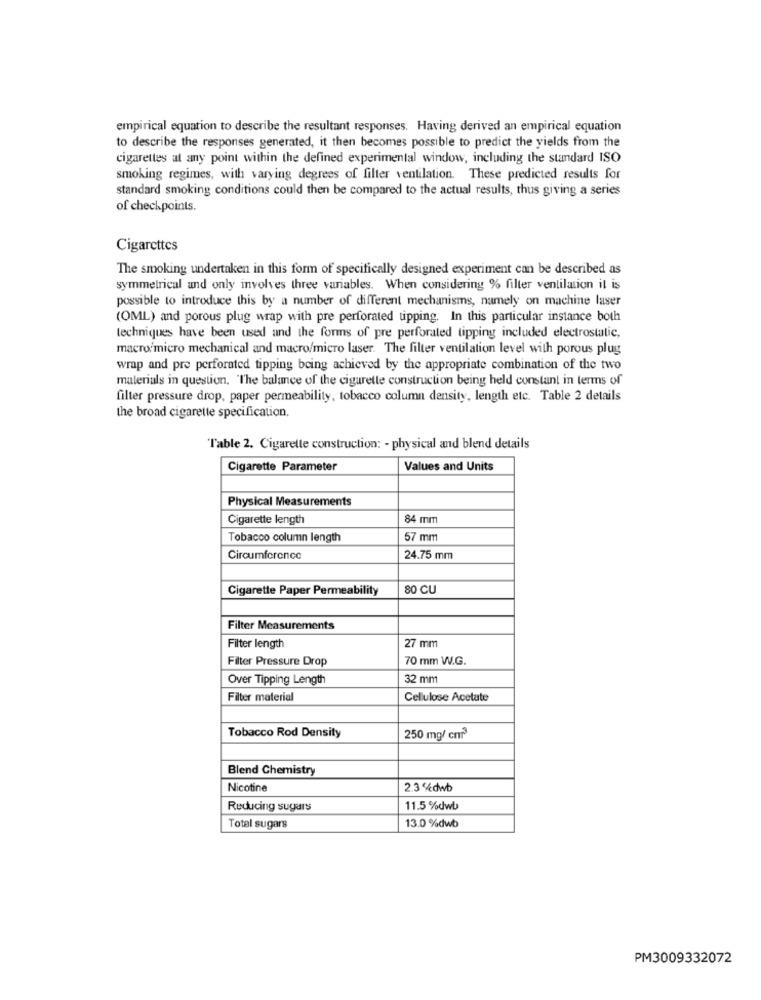
empirical equation to describe the resultant responses. Having derived an empirical equation
to describe the responses generated, it then becomes possible to predict the yields from the
cigarettes at any point within the defined experimental window, including the standard ISO
smoking regimes, with varying degrees of filter ventilation. These predicted results for
standard smoking conditions could then be compared to the actual results, thus giving a series
of checkpoints.
Cigarettes
The smoking undertaken in this form of specifically designed experiment can be described as
symmetrical and only involves three variables. When considering % filter ventilation il is
possible to introduce this by a number of different mechanisms, namely on machine laser
(OML) and porous plug wrap with pre perforated tipping. In this particular instance both
techniques have been used and the forms of pre perforated tipping included electrostatic,
macro'micro mechanical and macro/micro laser. The filter ventilation level with porous plug
wrap and pre perforated tipping being achieved by the appropriate combination of the two
materials in question, 'The balance of the cigarette construction being held constant in terms of
filter pressure drop, paper permeability, tobacco column density, length etc. Table 2 details
the broad cigarette specification.
Table 2. Cigarette construction: - physical and blend details
Cigarette Parameter
Values and Units
Physical Measurements
Cigarette length
84 mm
Tobacco column length
57 mm
Circumference
24.75 mm
Cigarette Paper Permeability
80 CU
Filter Measurements
Filter length
27 mm
Filter Pressure Drop
70 mm W.G.
Over Tipping Length
32 mm
Filter material
Cellulose Acetate
Tobacco Rod Density
250 mg/ cnr
Blend Chemistry
Nicotine
2.3%dwb
Reducing sugars
11.5 %dwb
Total sugars
13.0 %dwb
PM3009332072